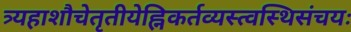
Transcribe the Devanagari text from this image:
त्र्यहाशौचेतृतीयेह्निकर्तव्यस्त्वस्थिसंचयः